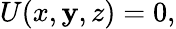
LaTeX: U(x,\mathbf{y},z)=0,